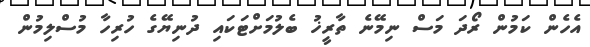
އެހެން ކަމުން ރޯދަ މަސް ނިމޭނެ ތާރީޚު ބެލުމަށްޓަކައި ދުނިޔޭގެ ހުރިހާ މުސްލިމުން